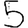
Digit: 5